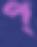
প্